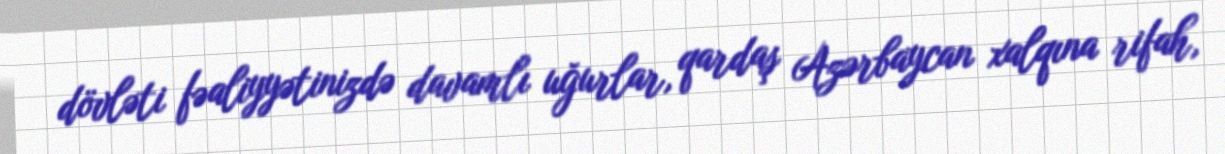
dövləti fəaliyyətinizdə davamlı uğurlar, qardaş Azərbaycan xalqına rifah,